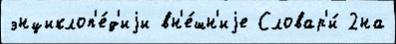
энциклоп'е́д'иjи вн'е́шн'иjе Словар'и́ 2на